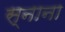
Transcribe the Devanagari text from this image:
स्नाना